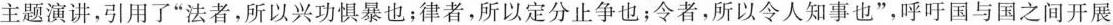
主题演讲，引用了”法者，所以兴功惧暴也；律者，所以定分止争也；令者，所以令人知事也”，呼吁国与国之间开展